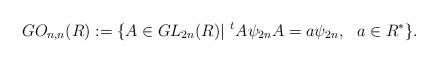
LaTeX: \begin{align*}GO_{n,n}(R):= \{ A \in GL_{2n}(R) | \,\, ^{t}A\psi_{2n}A = a\psi_{2n}, \,\, \,\, a \in R^{*} \}.\end{align*}